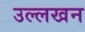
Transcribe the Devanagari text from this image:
उल्लखन